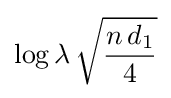
\log {\lambda }\,{\sqrt {\frac {n\,d_{1}}{4}}}